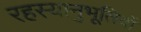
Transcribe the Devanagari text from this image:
रहस्यानुभूतियों